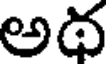
అథ